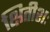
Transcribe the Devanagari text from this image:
क्षितीशः